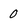
Character: 0